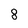
Character: 8